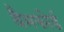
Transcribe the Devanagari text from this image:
बैमफोर्ड